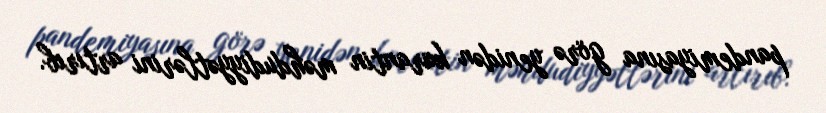
pandemiyasına görə yenidən karantin məhdudiyyətlərini artırıb.